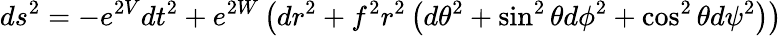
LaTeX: ds^{2}=-e^{2V}dt^{2}+e^{2W}\left(dr^{2}+f^{2}r^{2}\left(d\theta^{2}+\sin^{2}\theta d\phi^{2}+\cos^{2}\theta d\psi^{2}\right)\right)